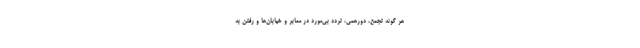
هر گونه تجمع، دورهمی، تردد بی‌مورد در معابر و خیابان‌ها و رفتن به